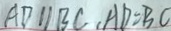
A D / / B C , A D = B C